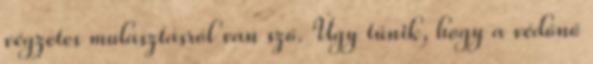
végzetes mulasztásról van szó. Úgy tűnik, hogy a védőnő